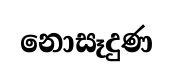
නොසෑදුණ